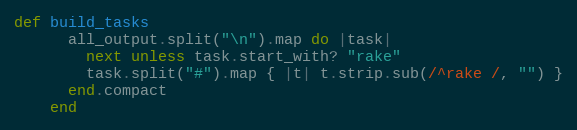
Language: Ruby
def build_tasks
      all_output.split("\n").map do |task|
        next unless task.start_with? "rake"
        task.split("#").map { |t| t.strip.sub(/^rake /, "") }
      end.compact
    end